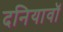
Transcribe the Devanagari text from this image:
दनियावॉ